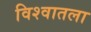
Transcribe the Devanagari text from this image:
विश्वातला